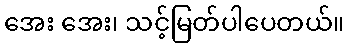
အေး အေး၊ သင့်မြတ်ပါပေတယ်။